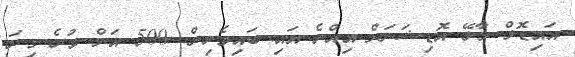
އައިޑޮލް މާލޭ އޮޑިޝަނަށް އިއްޔެ އައި ބައިވެރިން. 500 އަށް ވުރެ ގިނަ